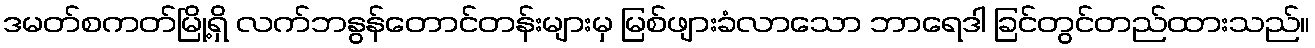
ဒမတ်စကတ်မြို့ရှိ လက်ဘနွန်တောင်တန်းများမှ မြစ်ဖျားခံလာသော ဘာရေဒါ ခြင်တွင်တည်ထားသည်။